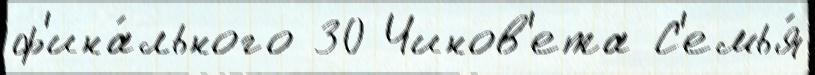
ф'ина́льного 30 Чинов'ета С'емья́